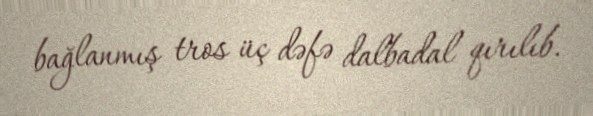
bağlanmış tros üç dəfə dalbadal qırılıb.